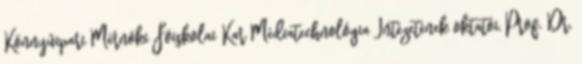
Könnyûipari Mérnöki Fõiskolai Kar Médiatechnológia Intézetének oktatói, Prof. Dr.